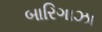
બારિગાઝા